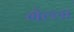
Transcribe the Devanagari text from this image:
गेल्ला